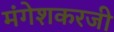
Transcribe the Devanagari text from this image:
मंगेशकरजी